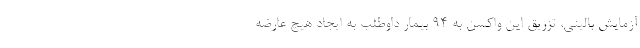
آزمایش بالینی، تزریق این واکسن به ۹۴ بیمار داوطلب به ایجاد هیچ عارضه